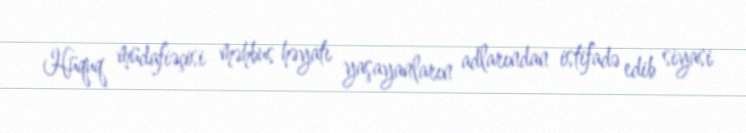
Hüquq müdafiəçisi məhbus həyatı yaşayanların adlarından istifadə edib siyasi